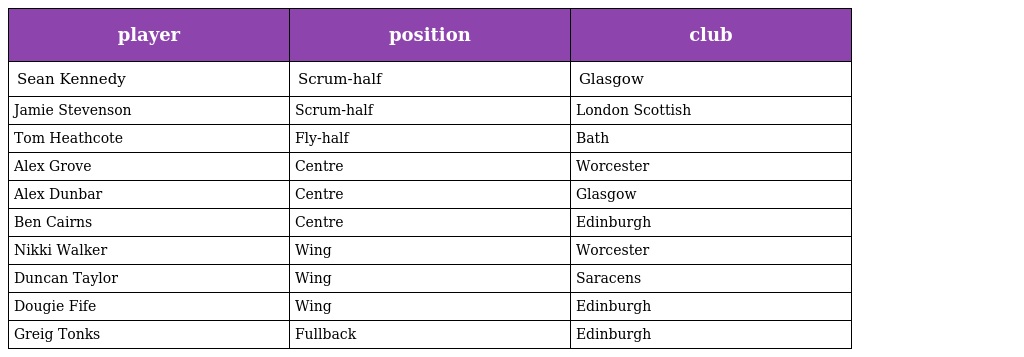
| player | position | club |
 | --- | --- | --- |
 | Sean Kennedy | Scrum-half | Glasgow |
 | Jamie Stevenson | Scrum-half | London Scottish |
 | Tom Heathcote | Fly-half | Bath |
 | Alex Grove | Centre | Worcester |
 | Alex Dunbar | Centre | Glasgow |
 | Ben Cairns | Centre | Edinburgh |
 | Nikki Walker | Wing | Worcester |
 | Duncan Taylor | Wing | Saracens |
 | Dougie Fife | Wing | Edinburgh |
 | Greig Tonks | Fullback | Edinburgh |